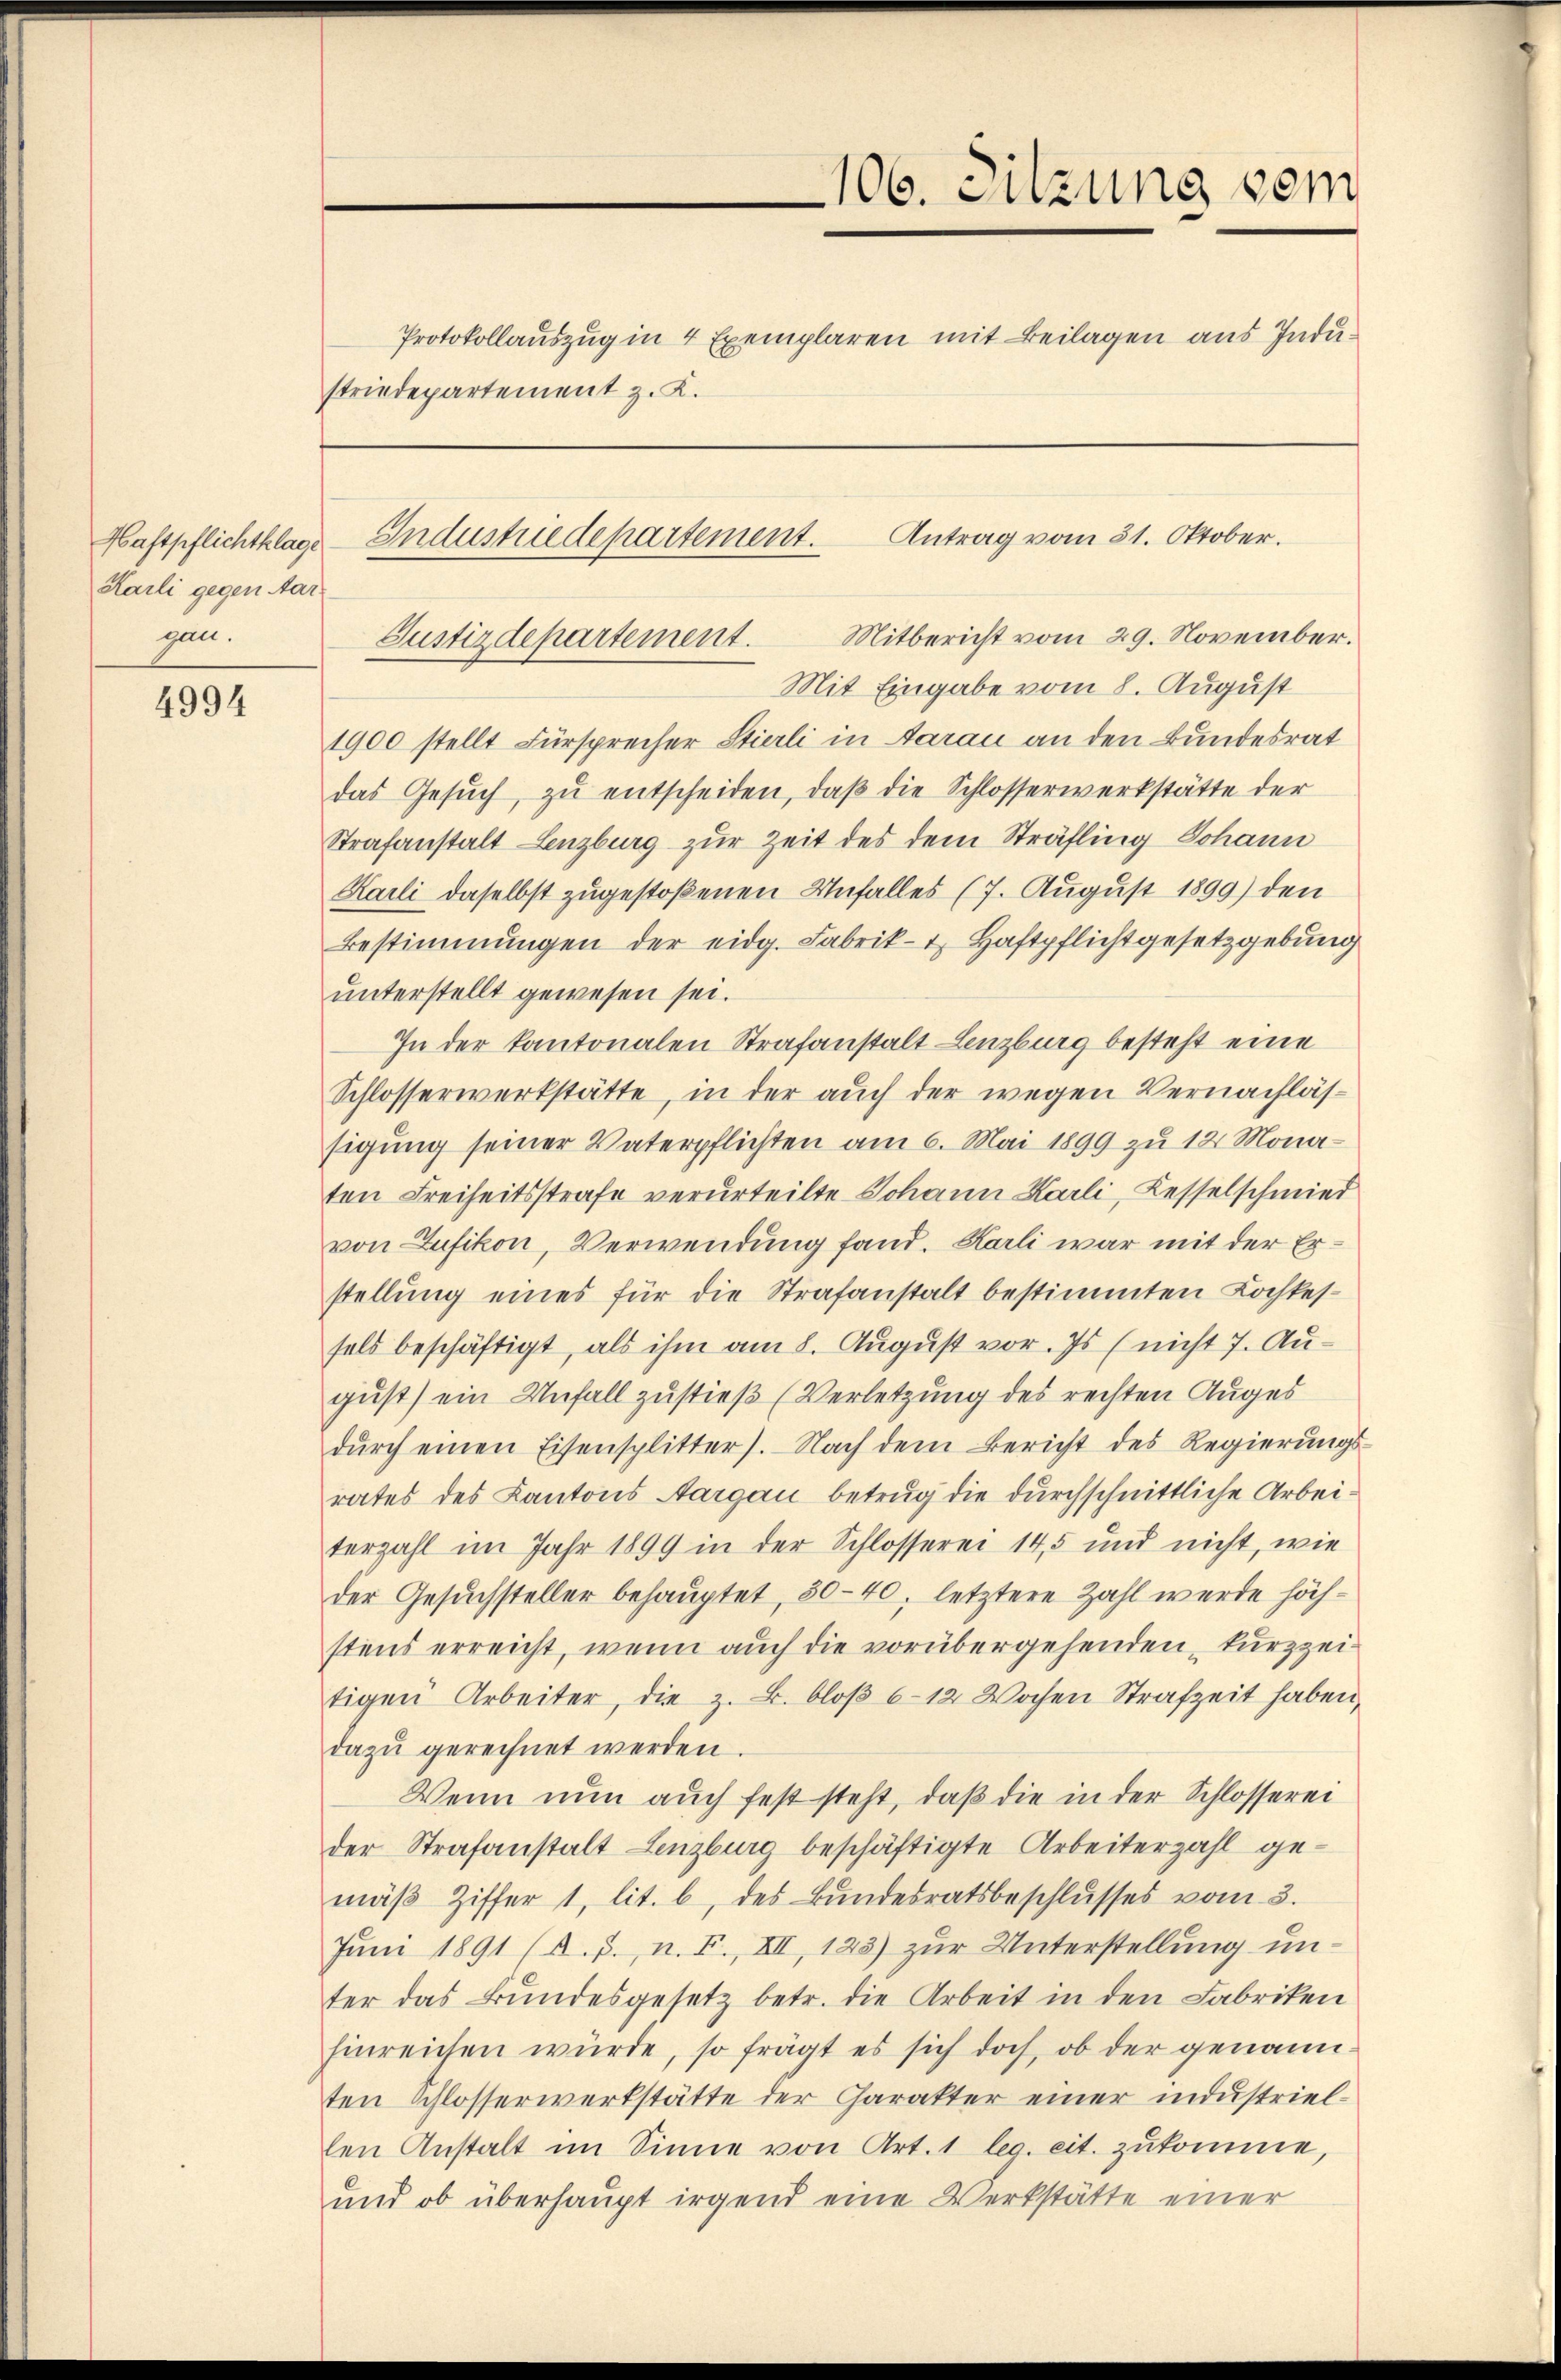
Mastpflichtklage
Kaili gegen Aargan.

4994

striedepartement z. K.

106. Sitzung vom
Protokollauszug in 4 Exemplaren mit Beilagen aus Indu¬

Antrag vom 31. Oktober.
Industriedepartement.

Justizdepartement. Mitbericht vom 29. November.
Mit Eingabe vom 8. August
1900 stellt Fürsprecher Stierli in Aarau an den Bundesrat
das Gesŭch zŭ entscheiden, daβ die Schlosserwerkstätte der
Strafanstalt Lenzburg zur Zeit des dem Sträfling Johann
Kaili daselbst zugestoßenen Unfalles (7. August 1899) den
Bestimmungen der eidg. Fabrik- u. Haftpflichtgesetzgebung
unterstellt gewesen sei.
In der Kantonalen Strafanstalt Lenzburg besteht eine
Schlosserwerkstätte, in der auch der wegen Vernachlässigung seiner Vaterpflichten am 6. Mai 1899 zu 12 Monaten Freiheitsstrafe verurteilte Johann Karli, Kesselschmied
von Zufikon, Verwendung fand. Karli war mit der Erstellung eines für die Strafanstalt bestimmten Kochkessels beschäftigt, als ihm am 8. August vor. Js (nicht 7. Au-
gust) ein Unfall zustieß (Verletzung des rechten Auges
dŭrch einen Eisensplitter). Nach dem Bericht des Regierŭngs-
rates des Kantons Aargau betrug die durchschnittliche Arbeiterzahl im Jahr 1899 in der Schlosserei 145 und nicht, wie
der Gesuchsteller behauptet, 50-40, letztere Zahl werde höchstens erreicht, wenn auch die vorübergehenden, kurzzeitigen Arbeiter, die z. B. bloβ 6-12 Wochen Strafzeit haben,
dazŭ gerechnet werden.
Wenn nun auch fest steht, daß die in der Schlosserei
der Strafanstalt Lenzburg beschäftigte Arbeiterzahl gemäβ Ziffer 1, lit. b, des Bundesratsbeschlusses vom 3.
Juni 1891 (A.p., n. F., XII, 123) zur Unterstellung unter das Bundesgesetz betr. die Arbeit in den Fabriken
hinreichen würde, so frägt es sich doch, ob der genann-
ten Schlosserwerkstätte der Charakter einer industriellen Anstalt im Sinne von Art. 1 leg. cit. zukomme,
und ob überhaupt irgend eine Werkstätte einer